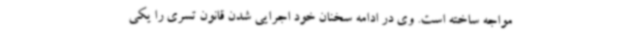
مواجه ساخته است. وی در ادامه سخنان خود اجرایی شدن قانون تسری را یکی